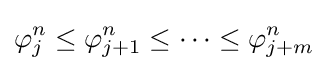
\varphi _{j}^{n}\leq \varphi _{j+1}^{n}\leq \cdots \leq \varphi _{j+m}^{n}